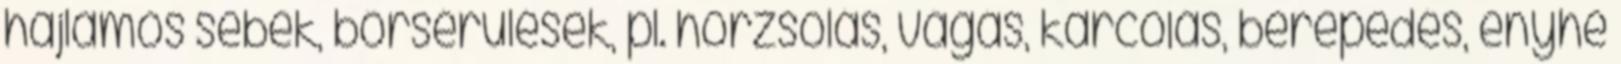
hajlamos sebek, bőrsérülések, pl. horzsolás, vágás, karcolás, berepedés, enyhe